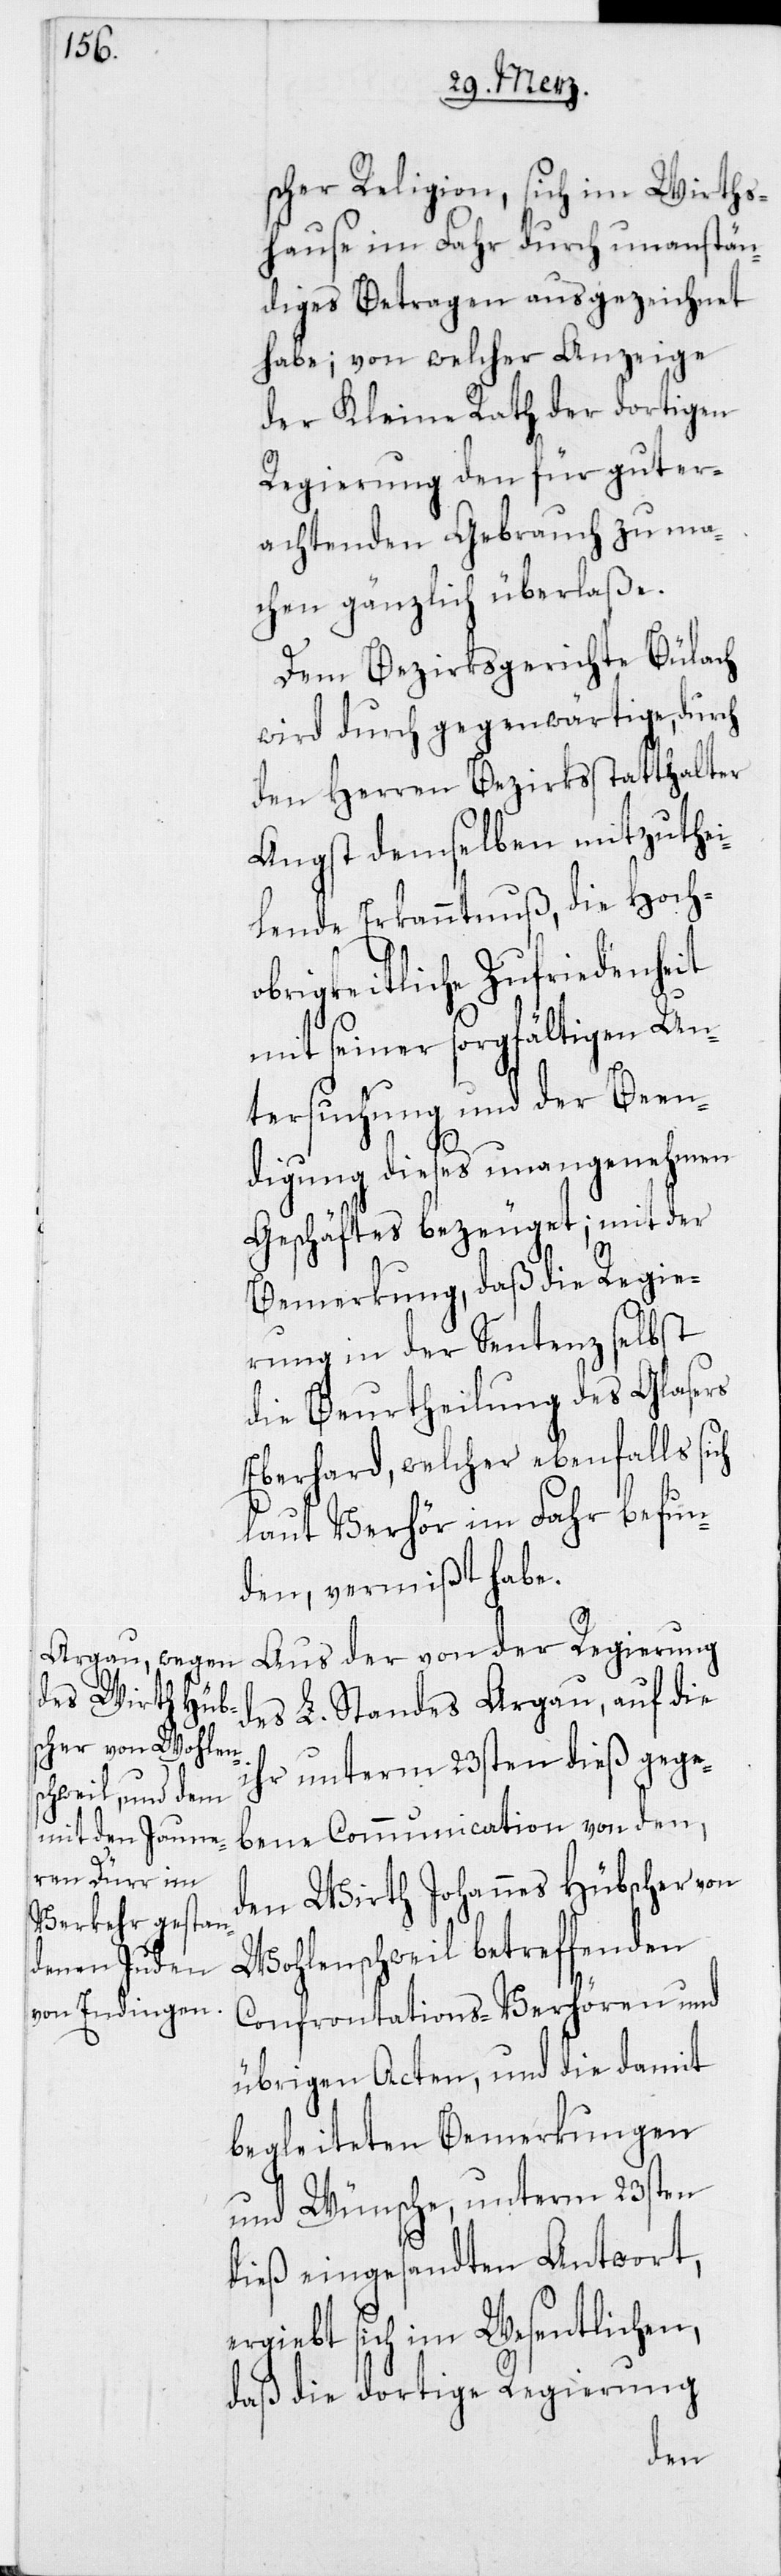
scher Religion, sich im Wirts¬
hause im Fahr durch unanstän¬
diges Betragen ausgezeichnet
habe; von welcher Anzeige
der Kleine Rath der dortigen
Regierung den für gut er¬
achtenden Gebrauch zu ma¬
chen gänzlich überlaße.
Dem Bezirksgerichte Bülach
wird durch gegenwärtige, durch
den Herren Bezirksstatthalter
Angst demselben mitzuthei¬
lende Erkanntnuß, die Hoch¬
obrigkeitliche Zufriedenheit
mit seiner sorgfältigen Un¬
tersuchung und der Been¬
digung dieses unangenehmen
Geschäftes bezeuget; mit der
Bemerkung, daß die Regie¬
rung in der Sentenz selbst
die Beurtheilung des Glasers
Eberhard, welcher ebenfalls
laut Verhör im Fahr befun¬
den, vermißt habe.
Aus der von der Regierung
des L. Standes Argau, auf die
ihr unterm 23sten dieß gege¬
bene Communication von den,
den Wirth Johannes Hübscher von
Wohlenschweil betreffenden
Confrontations-Verhören und
übrigen Acten, und die damit
begleiteten Bemerkungen
und Wünsche, unterm 23sten
dieß eingesandten Antwort,
ergiebt sich im Wesentlichen,
daß die dortige Regierung